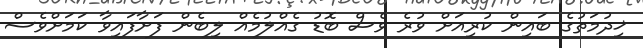
ޚިދުމަތުގެ ބައިން ކުރިއަށް ވުރެ ވެސް ބޮޑު ގެއްލުމެއް ލިބެން ފަށާފައިވާ ކަމަށްވެސް